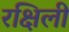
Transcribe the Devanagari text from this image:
रक्षिली